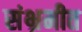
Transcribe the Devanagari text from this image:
संभ्रमीत